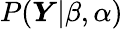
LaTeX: P(\boldsymbol{Y}|\beta,\alpha)